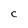
Character: C